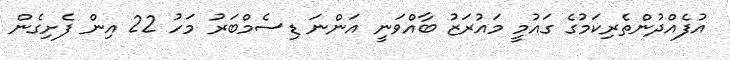
އުފެއްދުންތެރިކަމުގެ ގައުމީ މައުރަޒު ބާއްވަނީ އަންނަ ޑިސެމްބަރު މަހު 22 އިން ފެށިގެން